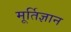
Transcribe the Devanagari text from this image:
मूर्तिज्ञान